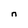
Character: n